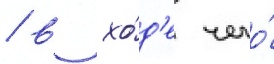
/ в хо́д'е чего́